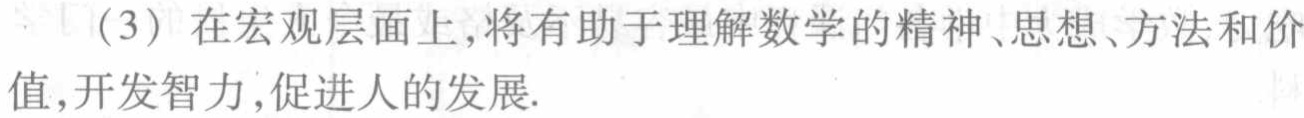
（3）在宏观层面上，将有助于理解数学的精神、思想、方法和价值，开发智力，促进人的发展.